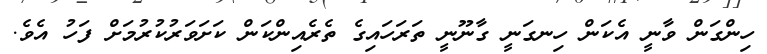
ހިންގަން ވާނީ އެކަން ހިނގަނީ ގާނޫނީ ތަރަހައިގެ ތެރެއިންކަން ކަށަވަރުކުރުމަށް ފަހު އެވެ.